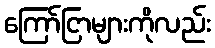
ကြော်ငြာများကိုလည်း